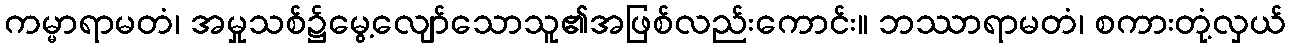
ကမ္မာရာမတံ၊ အမှုသစ်၌မွေ့လျော်သောသူ၏အဖြစ်လည်းကောင်း။ ဘဿာရာမတံ၊ စကားတုံ့လှယ်